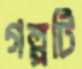
গল্পটি